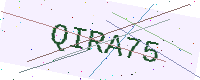
Text: QIRA75